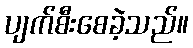
ပျက်စီးစေခဲ့သည်။